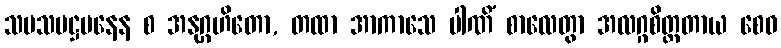
သမသမဋ္ဌပနေန စ အနုဂ္ဂဟိတော, တထာ အာကာသေ ပါဏိံ စာလေတွာ အလဂ္ဂစိတ္တတာယ စေဝ